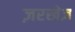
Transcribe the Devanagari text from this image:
ज़रखेज़